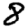
Digit: 8